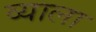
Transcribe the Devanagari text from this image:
व्याला